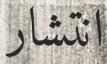
انتشار